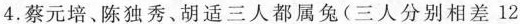
4. 蔡元培、陈独秀、胡适三人都属兔 (三人分别相差 12